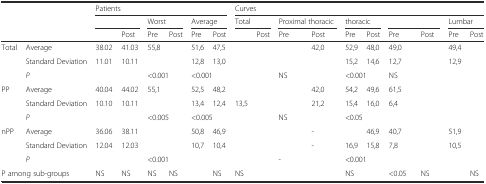
<table><thead><tr><td colspan="2" rowspan="3">[EMPTY_CELL]</td><td colspan="6"><b>Patients</b></td><td colspan="10"><b>Curves</b></td></tr><tr><td colspan="2">[EMPTY_CELL]</td><td colspan="2"><b>Worst</b></td><td colspan="2"><b>Average</b></td><td colspan="2"><b>Total</b></td><td colspan="2"><b>Proximal thoracic</b></td><td colspan="2"><b>thoracic</b></td><td colspan="2">[EMPTY_CELL]</td><td colspan="2"><b>Lumbar</b></td></tr><tr><td>[EMPTY_CELL]</td><td><b>Post</b></td><td><b>Pre</b></td><td><b>Post</b></td><td><b>Pre</b></td><td><b>Post</b></td><td>[EMPTY_CELL]</td><td><b>Post</b></td><td><b>Pre</b></td><td><b>Post</b></td><td><b>Pre</b></td><td><b>Post</b></td><td><b>Pre</b></td><td><b>Post</b></td><td><b>Pre</b></td><td><b>Post</b></td></tr></thead><tbody><tr><td>Total</td><td>Average</td><td>38.02</td><td>41.03</td><td>55,8</td><td>[EMPTY_CELL]</td><td>51,6</td><td>47,5</td><td>[EMPTY_CELL]</td><td>[EMPTY_CELL]</td><td>[EMPTY_CELL]</td><td>42,0</td><td>52,9</td><td>48,0</td><td>49,0</td><td>[EMPTY_CELL]</td><td>49,4</td><td>[EMPTY_CELL]</td></tr><tr><td>[EMPTY_CELL]</td><td>Standard Deviation</td><td>11.01</td><td>10.11</td><td>[EMPTY_CELL]</td><td>[EMPTY_CELL]</td><td>12,8</td><td>13,0</td><td>[EMPTY_CELL]</td><td>[EMPTY_CELL]</td><td>[EMPTY_CELL]</td><td>[EMPTY_CELL]</td><td>15,2</td><td>14,6</td><td>12,7</td><td>[EMPTY_CELL]</td><td>12,9</td><td>[EMPTY_CELL]</td></tr><tr><td>[EMPTY_CELL]</td><td><i>P</i></td><td colspan="2">[EMPTY_CELL]</td><td colspan="2">&lt;0.001</td><td colspan="2">&lt;0.001</td><td colspan="2">[EMPTY_CELL]</td><td colspan="2">NS</td><td colspan="2">&lt;0.001</td><td colspan="2">NS</td><td colspan="2">[EMPTY_CELL]</td></tr><tr><td>PP</td><td>Average</td><td>40.04</td><td>44.02</td><td>55,1</td><td>[EMPTY_CELL]</td><td>52,5</td><td>48,2</td><td>[EMPTY_CELL]</td><td>[EMPTY_CELL]</td><td>[EMPTY_CELL]</td><td>42,0</td><td>54,2</td><td>49,6</td><td>61,5</td><td>[EMPTY_CELL]</td><td>[EMPTY_CELL]</td><td>[EMPTY_CELL]</td></tr><tr><td>[EMPTY_CELL]</td><td>Standard Deviation</td><td>10.10</td><td>10.11</td><td>[EMPTY_CELL]</td><td>[EMPTY_CELL]</td><td>13,4</td><td>12,4</td><td>13,5</td><td>[EMPTY_CELL]</td><td>[EMPTY_CELL]</td><td>21,2</td><td>15,4</td><td>16,0</td><td>6,4</td><td>[EMPTY_CELL]</td><td>[EMPTY_CELL]</td><td>[EMPTY_CELL]</td></tr><tr><td>[EMPTY_CELL]</td><td><i>P</i></td><td colspan="2">[EMPTY_CELL]</td><td colspan="2">&lt;0.005</td><td colspan="2">&lt;0.005</td><td colspan="2">[EMPTY_CELL]</td><td colspan="2">NS</td><td colspan="2">&lt;0.05</td><td colspan="2">[EMPTY_CELL]</td><td colspan="2">[EMPTY_CELL]</td></tr><tr><td>nPP</td><td>Average</td><td>36.06</td><td>38.11</td><td>[EMPTY_CELL]</td><td>[EMPTY_CELL]</td><td>50,8</td><td>46,9</td><td>[EMPTY_CELL]</td><td>[EMPTY_CELL]</td><td>[EMPTY_CELL]</td><td>-</td><td>[EMPTY_CELL]</td><td>46,9</td><td>40,7</td><td>[EMPTY_CELL]</td><td>51,9</td><td>[EMPTY_CELL]</td></tr><tr><td>[EMPTY_CELL]</td><td>Standard Deviation</td><td>12.04</td><td>12.03</td><td>[EMPTY_CELL]</td><td>[EMPTY_CELL]</td><td>10,7</td><td>10,4</td><td>[EMPTY_CELL]</td><td>[EMPTY_CELL]</td><td>[EMPTY_CELL]</td><td>-</td><td>16,9</td><td>15,8</td><td>7,8</td><td>[EMPTY_CELL]</td><td>10,5</td><td>[EMPTY_CELL]</td></tr><tr><td>[EMPTY_CELL]</td><td><i>P</i></td><td colspan="2">[EMPTY_CELL]</td><td colspan="2">&lt;0.001</td><td colspan="2">[EMPTY_CELL]</td><td colspan="2">[EMPTY_CELL]</td><td colspan="2">-</td><td colspan="2">&lt;0.001</td><td colspan="2">[EMPTY_CELL]</td><td colspan="2">[EMPTY_CELL]</td></tr><tr><td colspan="2">P among sub-groups</td><td>NS</td><td>NS</td><td>NS</td><td>NS</td><td>[EMPTY_CELL]</td><td>NS</td><td>NS</td><td>[EMPTY_CELL]</td><td>[EMPTY_CELL]</td><td>[EMPTY_CELL]</td><td>NS</td><td>[EMPTY_CELL]</td><td>&lt;0.05</td><td>NS</td><td>[EMPTY_CELL]</td><td>NS</td></tr></tbody></table>